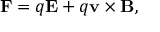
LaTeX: \mathbf { F } = q \mathbf { E } + q \mathbf { v } \times \mathbf { B } ,